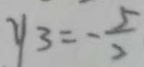
y _ { 3 } = - \frac { 5 } { 2 }